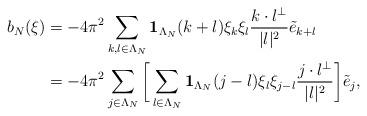
LaTeX: \begin{align*} \aligned b_N(\xi) &= -4\pi^2 \sum_{k,l\in \Lambda_N} \textbf{1}_{\Lambda_N}(k+l) \xi_k \xi_l \frac{k\cdot l^\perp}{|l|^2} \tilde e_{k+l} \\ &= -4\pi^2 \sum_{j\in \Lambda_N} \bigg[\sum_{l\in \Lambda_N} \textbf{1}_{\Lambda_N}(j-l) \xi_l \xi_{j-l} \frac{j\cdot l^\perp}{|l|^2} \bigg] \tilde e_j , \endaligned \end{align*}